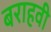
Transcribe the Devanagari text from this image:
बराहवी